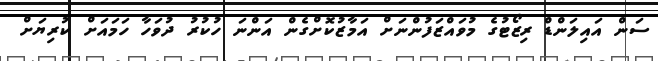
ސަން އައިލަންޑް ރިޒޯޓުގެ މުވައްޒަފުންނަށް އަމާޒުކޮށްގެން އަންނަ ހުކުރު ދުވަހާ ހަމައަށް ކުރިޔަށް